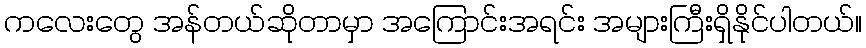
ကလေးတွေ အန်တယ်ဆိုတာမှာ အကြောင်းအရင်း အများကြီးရှိနိုင်ပါတယ်။